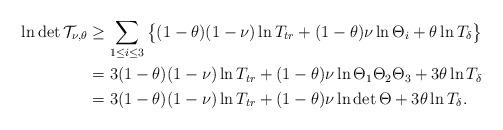
LaTeX: \begin{align*}\ln\det\mathcal{T}_{\nu,\theta}&\geq\sum_{1\leq i\leq 3} \big\{(1-\theta)(1-\nu)\ln T_{tr}+(1-\theta)\nu \ln\Theta_i+\theta \ln T_{\delta}\big\}\cr &= 3(1-\theta)(1-\nu)\ln T_{tr} +(1-\theta)\nu\ln \Theta_1\Theta_2\Theta_3+3\theta \ln T_{\delta}\cr &= 3(1-\theta)(1-\nu)\ln T_{tr} +(1-\theta)\nu\ln\det\Theta+3\theta \ln T_{\delta}.\end{align*}